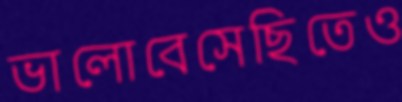
ভালোবেসেছিতেও